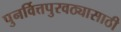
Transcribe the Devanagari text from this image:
पुनर्वित्तपुरवठ्यासाठी